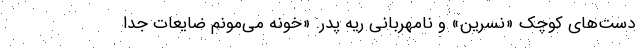
دست‌های کوچک «نسرین» و نامهربانی ریه پدر. «خونه می‌مونم ضایعات جدا